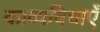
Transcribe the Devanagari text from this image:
काव्यविधाएँ